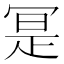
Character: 𭁼